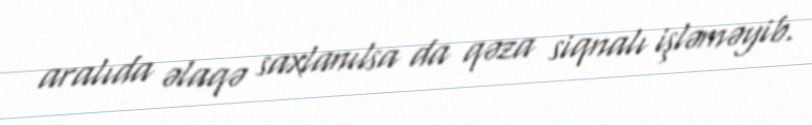
aralıda əlaqə saxlanılsa da qəza siqnalı işləməyib.